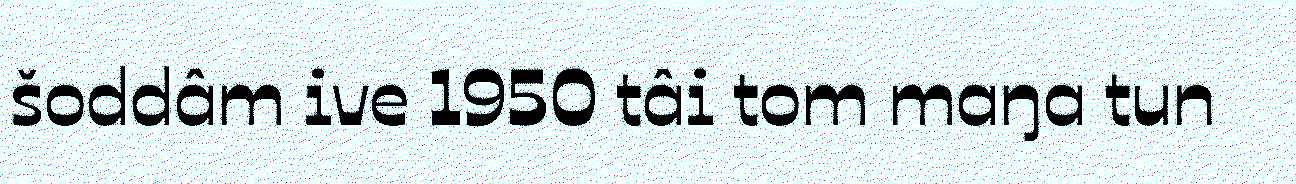
šoddâm ive 1950 tâi tom maŋa tun